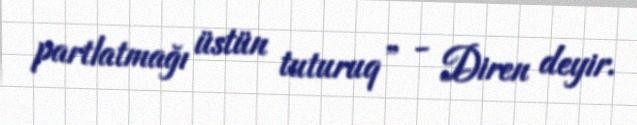
partlatmağı üstün tuturuq” - Diren deyir.